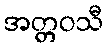
အတ္တဝသီ